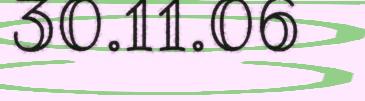
30.11.06